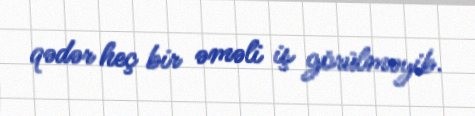
qədər heç bir əməli iş görülməyib.